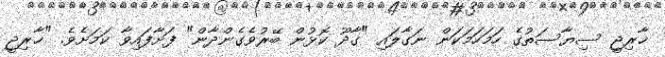
ޚާރިޖީ ސިޔާސަތުގެ ހަމަހަމަކަން ނަގާލައި "ގާދޫ ކޮޅުން ބޭރުވެގެންދާން" ފަށާފައިވާ ކަމަށެވެ. "ޚާރިޖީ